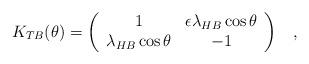
LaTeX: \begin{align*}K_{TB}(\theta)=\left( \begin{array}{cc}1& \epsilon\lambda_{HB}\cos\theta \\\lambda_{HB} \cos\theta & -1\end{array} \right)\;\;\;,\end{align*}